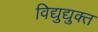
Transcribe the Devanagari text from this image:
विद्युद्युक्त